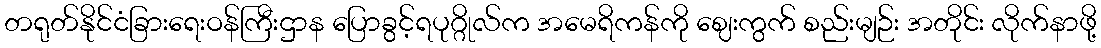
တရုတ်နိုင်ငံခြားရေးဝန်ကြီးဌာန ပြောခွင့်ရပုဂ္ဂိုလ်က အမေရိကန်ကို ဈေးကွက် စည်းမျဉ်း အတိုင်း လိုက်နာဖို့